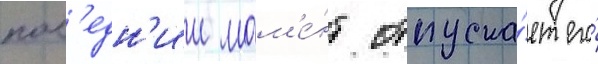
посл'едн'ии мом'е́нт отпуска́ет его́